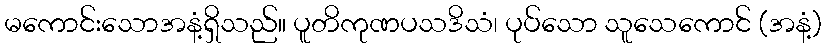
မကောင်းသောအနံ့ရှိသည်။ ပူတိကုဏပသဒိသံ၊ ပုပ်သော သူသေကောင် (အနံ့)